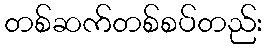
တစ်ဆက်တစ်စပ်တည်း